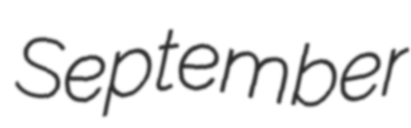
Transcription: September